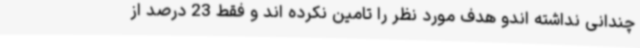
چندانی نداشته اندو هدف مورد نظر را تامین نکرده اند و فقط 23 درصد از